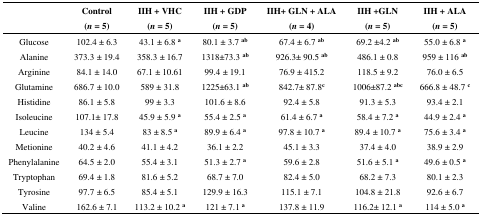
<table><thead><tr><td></td><td><b>Control (<i>n</i> = 5)</b></td><td><b>IIH + VHC (<i>n</i> = 5)</b></td><td><b>IIH + GDP (<i>n</i> = 5)</b></td><td><b>IIH+ GLN + ALA (<i>n</i> = 4)</b></td><td><b>IIH +GLN (<i>n</i> = 5)</b></td><td><b>IIH + ALA (<i>n</i> = 5)</b></td></tr></thead><tbody><tr><td>Glucose</td><td>102.4 ± 6.3</td><td>43.1 ± 6.8 <b><sup>a</sup></b></td><td>80.1 ± 3.7 <b><sup>ab</sup></b></td><td>67.4 ± 6.7 <b><sup>ab</sup></b></td><td>69.2 ±4.2 <b><sup>ab</sup></b></td><td>55.0 ± 6.8 <b><sup>a</sup></b></td></tr><tr><td>Alanine</td><td>373.3 ± 19.4</td><td>358.3 ± 16.7</td><td>1318±73.3 <b><sup>ab</sup></b></td><td>926.3± 90.5 <b><sup>ab</sup></b></td><td>486.1 ± 0.8</td><td>959 ± 116 <b><sup>ab</sup></b></td></tr><tr><td>Arginine</td><td>84.1 ± 14.0</td><td>67.1 ± 10.61</td><td>99.4 ± 19.1</td><td>76.9 ± 415.2</td><td>118.5 ± 9.2</td><td>76.0 ± 6.5</td></tr><tr><td>Glutamine</td><td>686.7 ± 10.0</td><td>589 ± 31.8</td><td>1225±63.1 <b><sup>ab</sup></b></td><td>842.7± 87.8<b><sup>c</sup></b></td><td>1006±87.2 <b><sup>abc</sup></b></td><td>666.8 ± 48.7 <b><sup>c</sup></b></td></tr><tr><td>Histidine</td><td>86.1 ± 5.8</td><td>99 ± 3.3</td><td>101.6 ± 8.6</td><td>92.4 ± 5.8</td><td>91.3 ± 5.3</td><td>93.4 ± 2.1</td></tr><tr><td>Isoleucine</td><td>107.1± 17.8</td><td>45.9 ± 5.9 <b><sup>a</sup></b></td><td>55.4 ± 2.5 <b><sup>a</sup></b></td><td>61.4 ± 6.7 <b><sup>a</sup></b></td><td>58.4 ± 7.2 <b><sup>a</sup></b></td><td>44.9 ± 2.4 <b><sup>a</sup></b></td></tr><tr><td>Leucine</td><td>134 ± 5.4</td><td>83 ± 8.5 <b><sup>a</sup></b></td><td>89.9 ± 6.4 <b><sup>a</sup></b></td><td>97.8 ± 10.7 <b><sup>a</sup></b></td><td>89.4 ± 10.7 <b><sup>a</sup></b></td><td>75.6 ± 3.4 <b><sup>a</sup></b></td></tr><tr><td>Metionine</td><td>40.2 ± 4.6</td><td>41.1 ± 4.2</td><td>36.1 ± 2.2</td><td>45.1 ± 3.3</td><td>37.4 ± 4.0</td><td>38.9 ± 2.9</td></tr><tr><td>Phenylalanine</td><td>64.5 ± 2.0</td><td>55.4 ± 3.1</td><td>51.3 ± 2.7 <b><sup>a</sup></b></td><td>59.6 ± 2.8</td><td>51.6 ± 5.1 <b><sup>a</sup></b></td><td>49.6 ± 0.5 <b><sup>a</sup></b></td></tr><tr><td>Tryptophan</td><td>69.4 ± 1.8</td><td>81.6 ± 5.2</td><td>68.7 ± 7.0</td><td>82.4 ± 5.0</td><td>68.2 ± 7.3</td><td>80.1 ± 2.3</td></tr><tr><td>Tyrosine</td><td>97.7 ± 6.5</td><td>85.4 ± 5.1</td><td>129.9 ± 16.3</td><td>115.1 ± 7.1</td><td>104.8 ± 21.8</td><td>92.6 ± 6.7</td></tr><tr><td>Valine</td><td>162.6 ± 7.1</td><td>113.2 ± 10.2 <b><sup>a</sup></b></td><td>121 ± 7.1 <b><sup>a</sup></b></td><td>137.8 ± 11.9</td><td>116.2± 12.1 <b><sup>a</sup></b></td><td>114 ± 5.0 <b><sup>a</sup></b></td></tr></tbody></table>